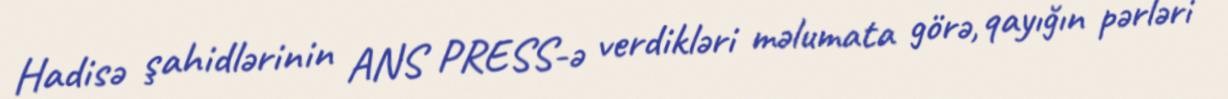
Hadisə şahidlərinin ANS PRESS-ə verdikləri məlumata görə, qayığın pərləri